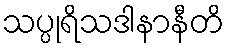
သပ္ပုရိသဒါနာနီတိ